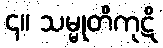
၄။ သမ္မုတိကုဋိ